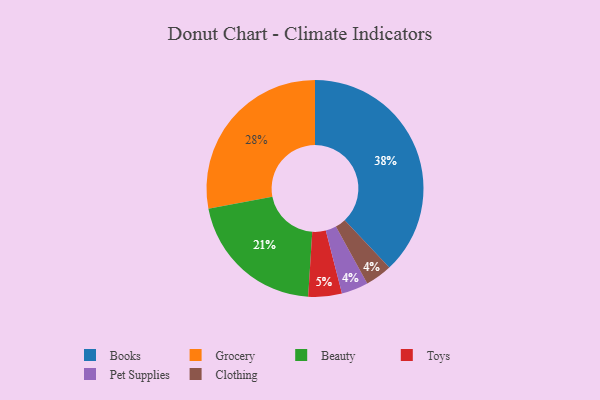
{"axis": {"x": "Category", "y": "Percentage"}, "legend": ["Beauty", "Books", "Clothing", "Grocery", "Pet Supplies", "Toys"], "data": [{"x": "Books", "y": 38, "type": "Books"}, {"x": "Pet Supplies", "y": 4, "type": "Pet Supplies"}, {"x": "Grocery", "y": 28, "type": "Grocery"}, {"x": "Beauty", "y": 21, "type": "Beauty"}, {"x": "Toys", "y": 5, "type": "Toys"}, {"x": "Clothing", "y": 4, "type": "Clothing"}]}